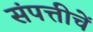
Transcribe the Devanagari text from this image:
संपत्तीचें